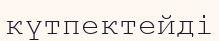
күтпектейді